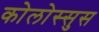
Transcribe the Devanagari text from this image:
कोलोस्सुस